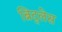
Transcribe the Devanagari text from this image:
ब्रिद्लेस